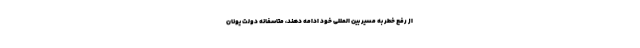
از رفع خطر به مسیر بین المللی خود ادامه دهند، متاسفانه دولت یونان